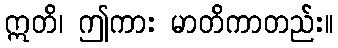
ဣတိ၊ ဤကား မာတိကာတည်း။